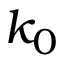
k _ { 0 }